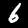
Digit: 6